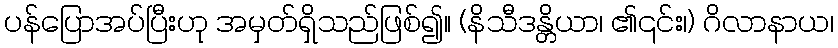
ပန်ပြောအပ်ပြီးဟု အမှတ်ရှိသည်ဖြစ်၍။ (နိသီဒန္တိယာ၊ ၏၎င်း၊) ဂိလာနာယ၊